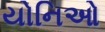
યોનિઓ